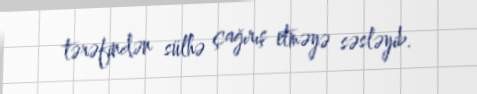
tərəfindən sülhə çağırış etməyə səsləyib.